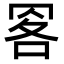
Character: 𦊹